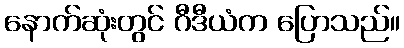
နောက်ဆုံးတွင် ဂီဒီယံက ပြောသည်။